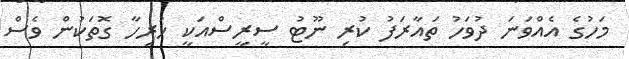
މަހުގެ އެއްވަނަ ދުވަހު ތައާރަފު ކުރި ނޫޓު ސީރީސްއަކީ ހުރިހާ ގޮތަކުން ވެސް